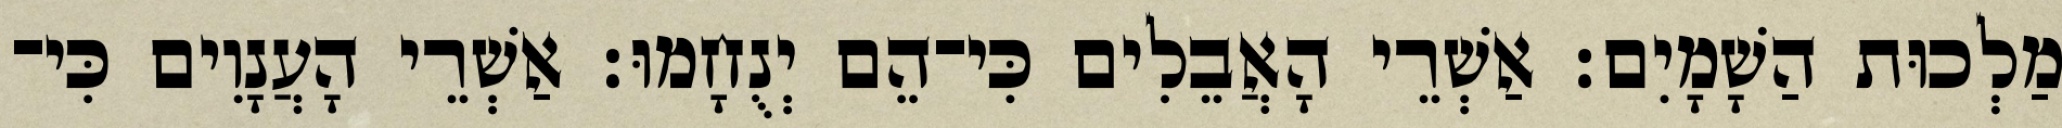
מַלְכוּת הַשָׁמָיִם׃ אַשְׁרֵי הָאֲבֵלִים כִּי־הֵם יְנֻחָמוּ׃ אַשְׁרֵי הָעֲנָוִים כִּי־